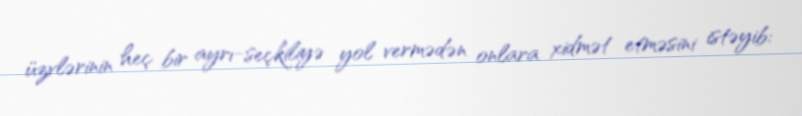
üzvlərinin heç bir ayrı-seçkiliyə yol vermədən onlara xidmət etməsini istəyib: